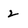
Character: 2